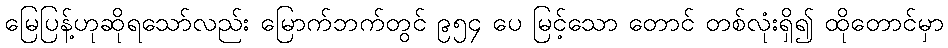
မြေပြန့်ဟုဆိုရသော်လည်း မြောက်ဘက်တွင် ၉၅၄ ပေ မြင့်သော တောင် တစ်လုံးရှိ၍ ထိုတောင်မှာ